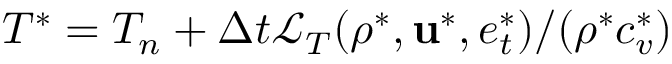
T ^ { * } = T _ { n } + \Delta t \mathcal { L } _ { T } ( \rho ^ { * } , \mathbf { u } ^ { * } , e _ { t } ^ { * } ) / ( \rho ^ { * } c _ { v } ^ { * } )